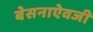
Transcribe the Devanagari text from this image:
बेसनाऐवजी